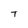
Character: T